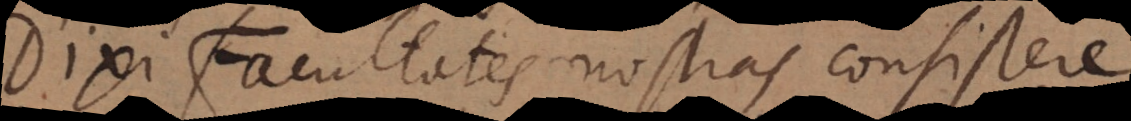
Dixi Facultates nostras consistere